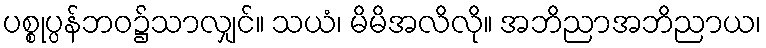
ပစ္စုပ္ပန်ဘဝ၌သာလျှင်။ သယံ၊ မိမိအလိလို။ အဘိညာအဘိညာယ၊